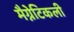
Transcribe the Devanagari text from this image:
मैग्नेटिकली